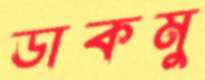
ডাকমু